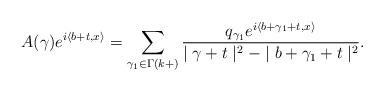
LaTeX: \begin{align*}A(\gamma)e^{i\left\langle b+t,x\right\rangle }=\sum_{\gamma_{1}\in\Gamma(k+)}\frac{q_{\gamma_{1}}e^{i\left\langle b+\gamma_{1}+t,x\right\rangle }}{\mid\gamma+t\mid^{2}-\mid b+\gamma_{1}+t\mid^{2}}.\end{align*}